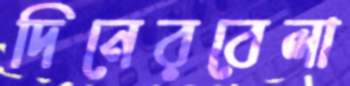
দিনেরবেলা